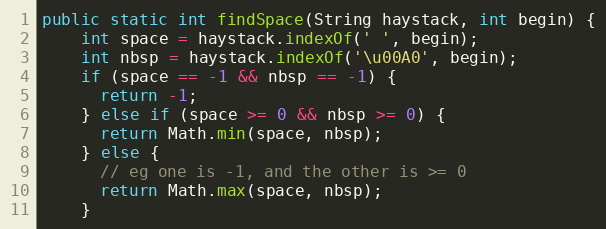
Language: Java
public static int findSpace(String haystack, int begin) {
    int space = haystack.indexOf(' ', begin);
    int nbsp = haystack.indexOf('\u00A0', begin);
    if (space == -1 && nbsp == -1) {
      return -1;
    } else if (space >= 0 && nbsp >= 0) {
      return Math.min(space, nbsp);
    } else {
      // eg one is -1, and the other is >= 0
      return Math.max(space, nbsp);
    }